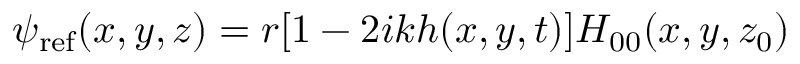
\begin{array} { r } { \psi _ { \mathrm { r e f } } ( x , y , z ) = r [ 1 - 2 i k h ( x , y , t ) ] H _ { 0 0 } ( x , y , z _ { 0 } ) } \end{array}